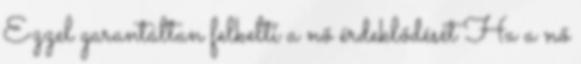
Ezzel garantáltan felkelti a nő érdeklődését Ha a nő